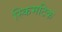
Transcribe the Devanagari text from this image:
स्किमटिक